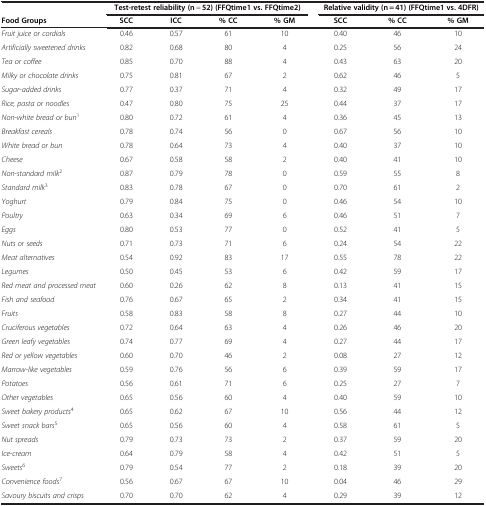
<table><thead><tr><td>[EMPTY_CELL]</td><td colspan="4"><b>Test-retest reliability (n = 52)(FFQtime1 vs. FFQtime2)</b></td><td colspan="3"><b>Relative validity (n = 41) (FFQtime1 vs. 4DFR)</b></td></tr><tr><td><b>Food Groups</b></td><td><b>SCC</b></td><td><b>ICC</b></td><td><b>% CC</b></td><td><b>% GM</b></td><td><b>SCC</b></td><td><b>% CC</b></td><td><b>% GM</b></td></tr></thead><tbody><tr><td><i>Fruit juice or cordials</i></td><td>0.46</td><td>0.57</td><td>61</td><td>10</td><td>0.40</td><td>46</td><td>10</td></tr><tr><td><i>Artificially sweetened drinks</i></td><td>0.82</td><td>0.68</td><td>80</td><td>4</td><td>0.25</td><td>56</td><td>24</td></tr><tr><td><i>Tea or coffee</i></td><td>0.85</td><td>0.70</td><td>88</td><td>4</td><td>0.43</td><td>63</td><td>20</td></tr><tr><td><i>Milky or chocolate drinks</i></td><td>0.75</td><td>0.81</td><td>67</td><td>2</td><td>0.62</td><td>46</td><td>5</td></tr><tr><td><i>Sugar-added drinks</i></td><td>0.77</td><td>0.37</td><td>71</td><td>4</td><td>0.32</td><td>49</td><td>17</td></tr><tr><td><i>Rice, pasta or noodles</i></td><td>0.47</td><td>0.80</td><td>75</td><td>25</td><td>0.44</td><td>37</td><td>17</td></tr><tr><td><i>Non-white bread or bun</i><sup>1</sup></td><td>0.80</td><td>0.72</td><td>61</td><td>4</td><td>0.36</td><td>45</td><td>13</td></tr><tr><td><i>Breakfast cereals</i></td><td>0.78</td><td>0.74</td><td>56</td><td>0</td><td>0.67</td><td>56</td><td>10</td></tr><tr><td><i>White bread or bun</i></td><td>0.78</td><td>0.64</td><td>73</td><td>4</td><td>0.40</td><td>37</td><td>10</td></tr><tr><td><i>Cheese</i></td><td>0.67</td><td>0.58</td><td>58</td><td>2</td><td>0.40</td><td>41</td><td>10</td></tr><tr><td><i>Non-standard milk</i><sup>2</sup></td><td>0.87</td><td>0.79</td><td>78</td><td>0</td><td>0.59</td><td>55</td><td>8</td></tr><tr><td><i>Standard milk</i><sup>3</sup></td><td>0.83</td><td>0.78</td><td>67</td><td>0</td><td>0.70</td><td>61</td><td>2</td></tr><tr><td><i>Yoghurt</i></td><td>0.79</td><td>0.84</td><td>75</td><td>0</td><td>0.46</td><td>54</td><td>10</td></tr><tr><td><i>Poultry</i></td><td>0.63</td><td>0.34</td><td>69</td><td>6</td><td>0.46</td><td>51</td><td>7</td></tr><tr><td><i>Eggs</i></td><td>0.80</td><td>0.53</td><td>77</td><td>0</td><td>0.52</td><td>41</td><td>5</td></tr><tr><td><i>Nuts or seeds</i></td><td>0.71</td><td>0.73</td><td>71</td><td>6</td><td>0.24</td><td>54</td><td>22</td></tr><tr><td><i>Meat alternatives</i></td><td>0.54</td><td>0.92</td><td>83</td><td>17</td><td>0.55</td><td>78</td><td>22</td></tr><tr><td><i>Legumes</i></td><td>0.50</td><td>0.45</td><td>53</td><td>6</td><td>0.42</td><td>59</td><td>17</td></tr><tr><td><i>Red meat and processed meat</i></td><td>0.60</td><td>0.26</td><td>62</td><td>8</td><td>0.13</td><td>41</td><td>15</td></tr><tr><td><i>Fish and seafood</i></td><td>0.76</td><td>0.67</td><td>65</td><td>2</td><td>0.34</td><td>41</td><td>15</td></tr><tr><td><i>Fruits</i></td><td>0.58</td><td>0.83</td><td>58</td><td>8</td><td>0.27</td><td>44</td><td>10</td></tr><tr><td><i>Cruciferous vegetables</i></td><td>0.72</td><td>0.64</td><td>63</td><td>4</td><td>0.26</td><td>46</td><td>20</td></tr><tr><td><i>Green leafy vegetables</i></td><td>0.74</td><td>0.77</td><td>69</td><td>4</td><td>0.27</td><td>44</td><td>17</td></tr><tr><td><i>Red or yellow vegetables</i></td><td>0.60</td><td>0.70</td><td>46</td><td>2</td><td>0.08</td><td>27</td><td>12</td></tr><tr><td><i>Marrow-like vegetables</i></td><td>0.59</td><td>0.76</td><td>56</td><td>6</td><td>0.39</td><td>59</td><td>17</td></tr><tr><td><i>Potatoes</i></td><td>0.56</td><td>0.61</td><td>71</td><td>6</td><td>0.25</td><td>27</td><td>7</td></tr><tr><td><i>Other vegetables</i></td><td>0.65</td><td>0.56</td><td>60</td><td>4</td><td>0.40</td><td>59</td><td>10</td></tr><tr><td><i>Sweet bakery products</i><sup>4</sup></td><td>0.65</td><td>0.62</td><td>67</td><td>10</td><td>0.56</td><td>44</td><td>12</td></tr><tr><td><i>Sweet snack bars</i><sup>5</sup></td><td>0.65</td><td>0.56</td><td>60</td><td>4</td><td>0.58</td><td>61</td><td>5</td></tr><tr><td><i>Nut spreads</i></td><td>0.79</td><td>0.73</td><td>73</td><td>2</td><td>0.37</td><td>59</td><td>20</td></tr><tr><td><i>Ice-cream</i></td><td>0.64</td><td>0.79</td><td>58</td><td>4</td><td>0.42</td><td>51</td><td>5</td></tr><tr><td><i>Sweets</i><sup>6</sup></td><td>0.79</td><td>0.54</td><td>77</td><td>2</td><td>0.18</td><td>39</td><td>20</td></tr><tr><td><i>Convenience foods</i><sup>7</sup></td><td>0.56</td><td>0.67</td><td>67</td><td>10</td><td>0.04</td><td>46</td><td>29</td></tr><tr><td><i>Savoury biscuits and crisps</i></td><td>0.70</td><td>0.70</td><td>62</td><td>4</td><td>0.29</td><td>39</td><td>12</td></tr></tbody></table>